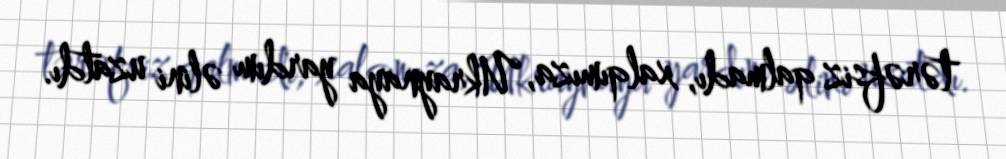
tərəfsiz qalmadı, xalqımıza, Ukraynaya yardım əlini uzatdı.